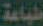
طباعة